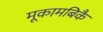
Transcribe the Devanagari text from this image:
मूकामबिकै